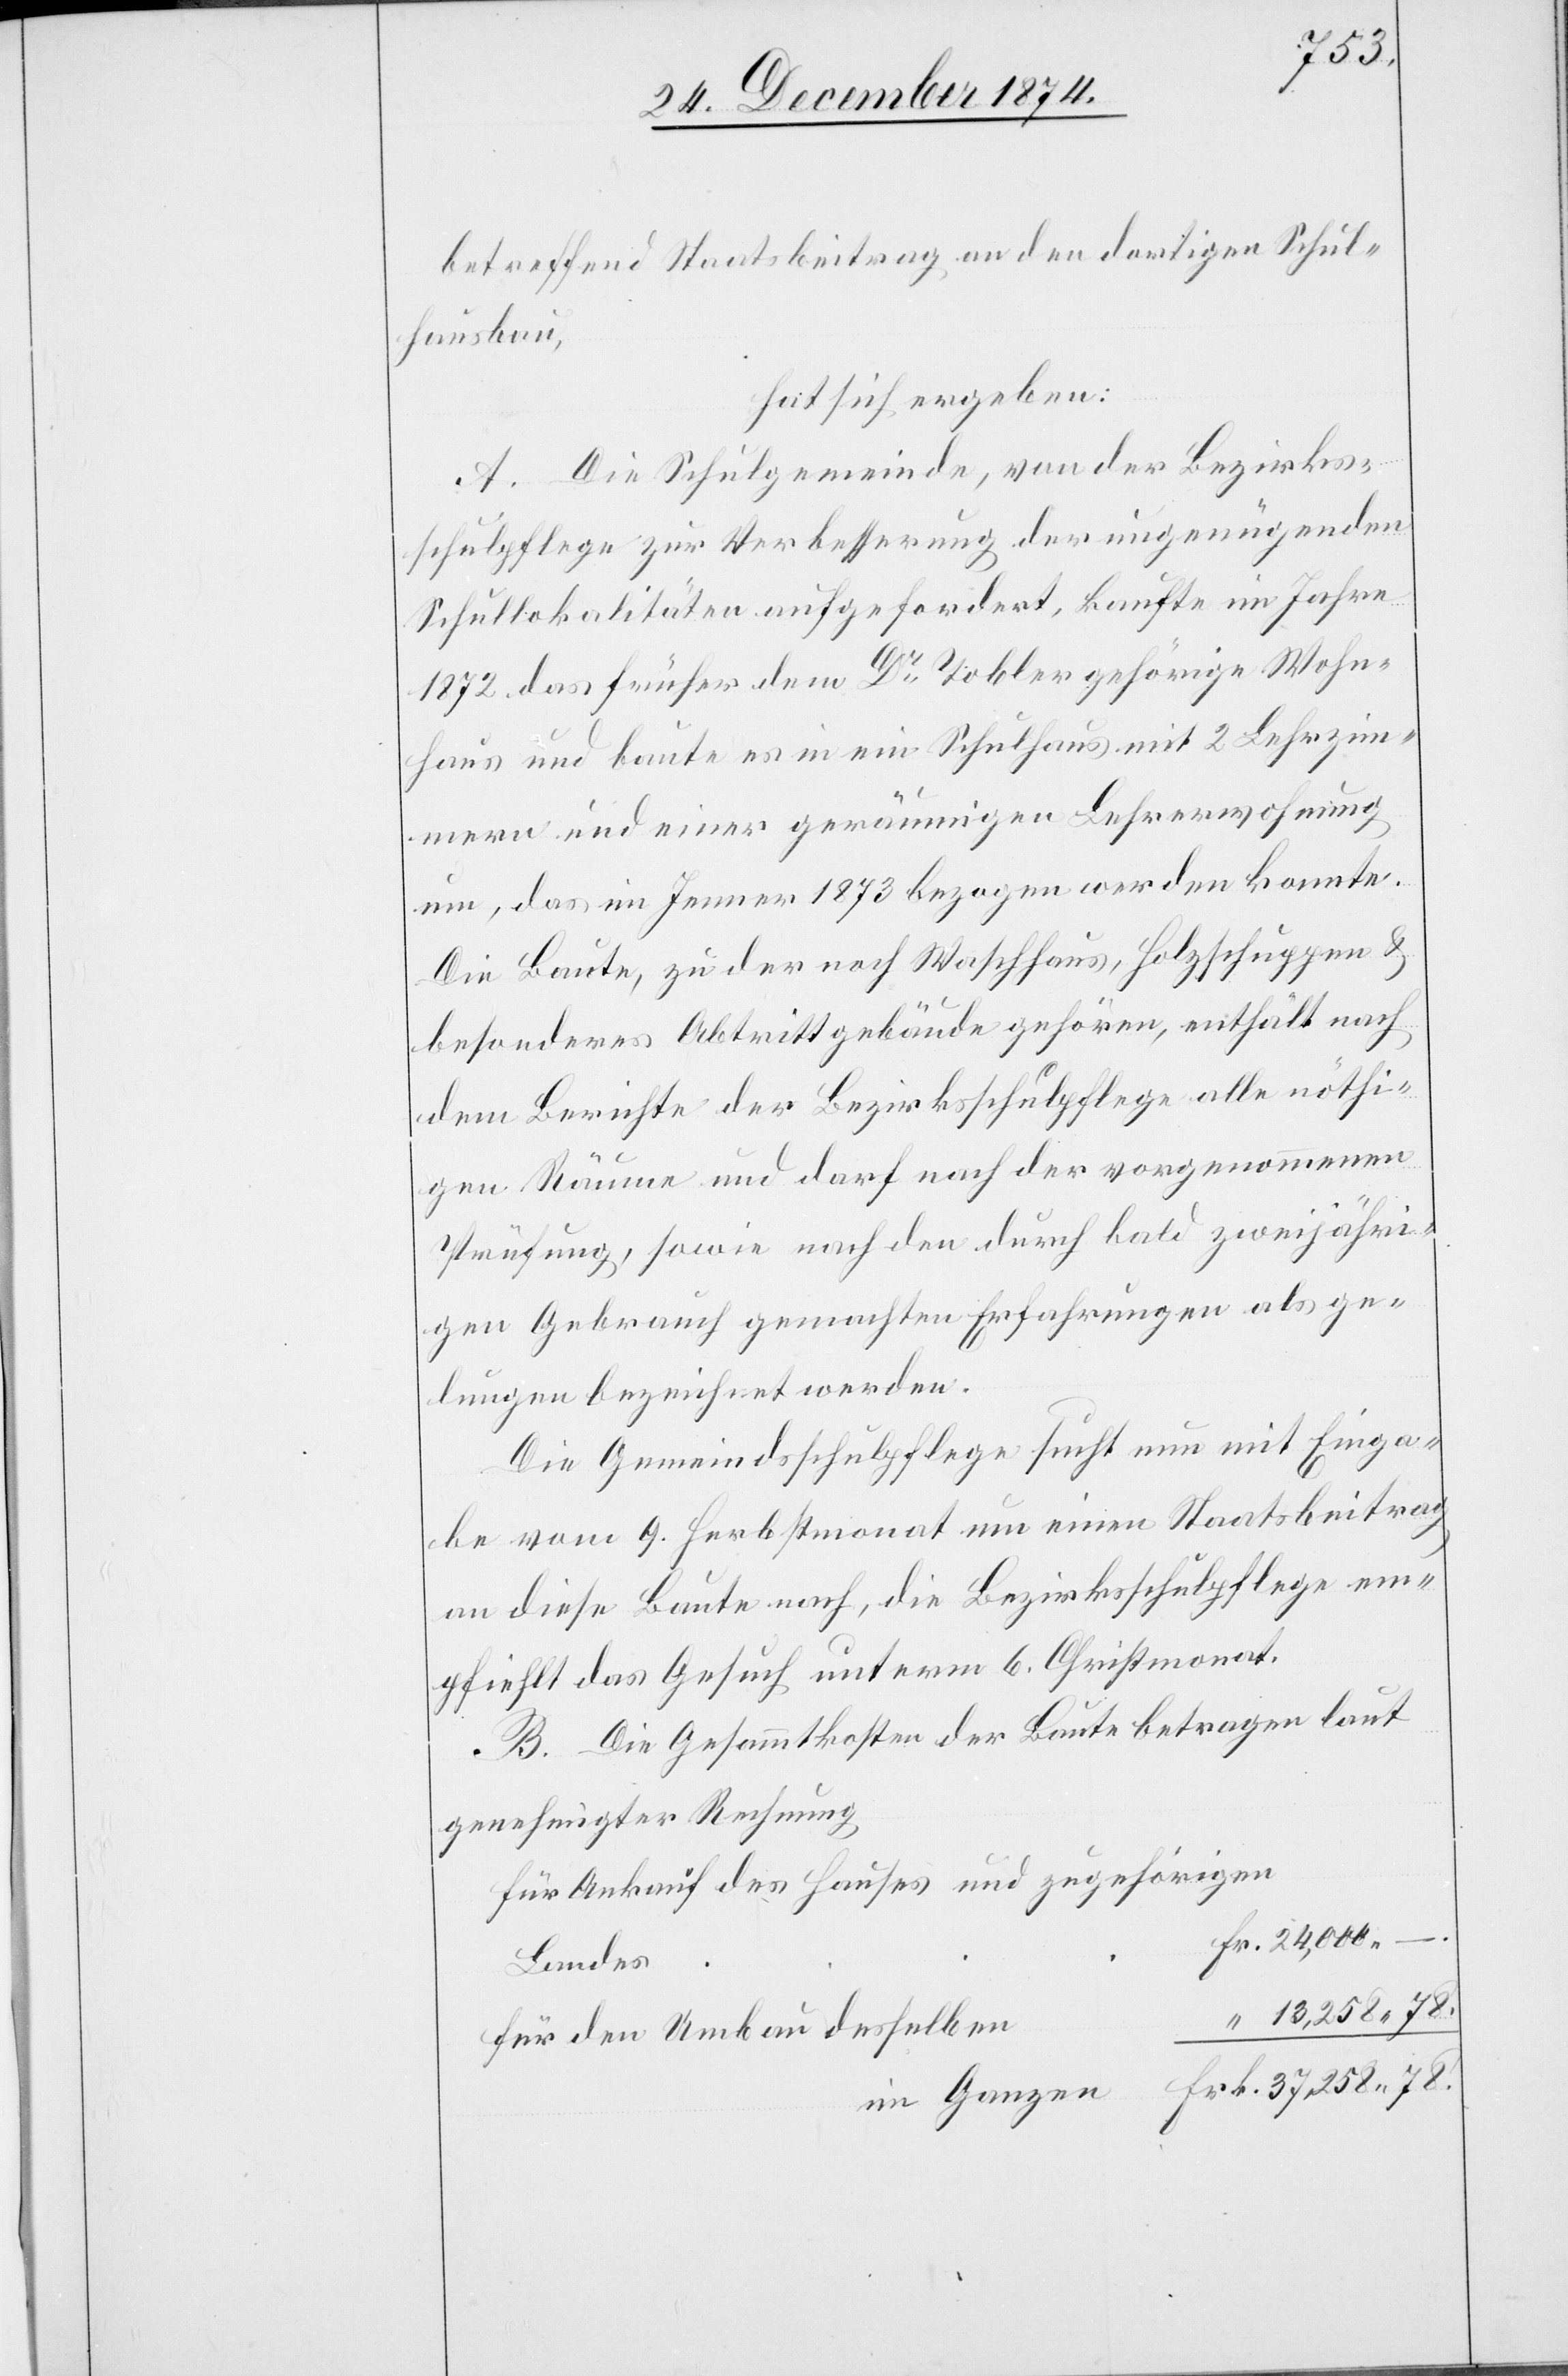
Frk.
betreffend Staatsbeitrag an den dortigen Schul¬
hausbau,
hat sich ergeben:
A. Die Schulgemeinde, von der Bezirks¬
schulpflege zur Verbesserung der ungenügenden
Schullokalitäten aufgefordert, kaufte im Jahre
1872 das früher dem Dr Tobler gehörige Wohn¬
haus und baute es in ein Schulhaus mit 2 Lehrzim¬
mern und einer geräumigen Lehrerwohnung
um, das im Jenner 1873 bezogen werden konnte.
Die Baute, zu der noch Waschhaus, Holzschuppen &
besonderes Abtrittgebäude gehören, enthält nach
dem Berichte der Bezirksschulpflege alle nöthi¬
gen Räume und darf nach der vorgenommenen
Prüfung, sowie nach den durch bald zweijähri¬
gen Gebrauch gemachten Erfahrungen als ge¬
lungen bezeichnet werden.
Die Gemeindsschulpflege sucht nun mit Einga¬
be vom 9. Herbstmonat um einen Staatsbeitrag
an diese Baute nach, die Bezirksschulpflege em¬
pfiehlt das Gesuch unterm 6. Christmonat.
B. Die Gesammtkosten der Baute betragen laut
genehmigter Rechnung
für Ankauf des Hauses und zugehörigen
Landes
13,258.78
für den Umbau desselben